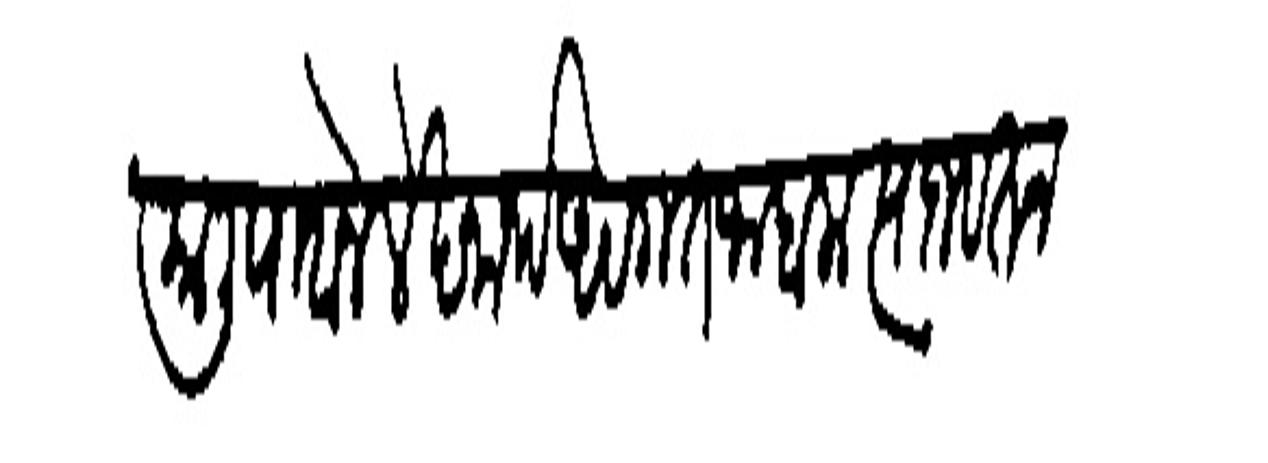
Transliteration (Devanagari): प्रातःकाली पावोन लेखानार्थ अवगत जाहाला त्याजवरून